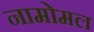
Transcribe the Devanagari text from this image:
नामोमल